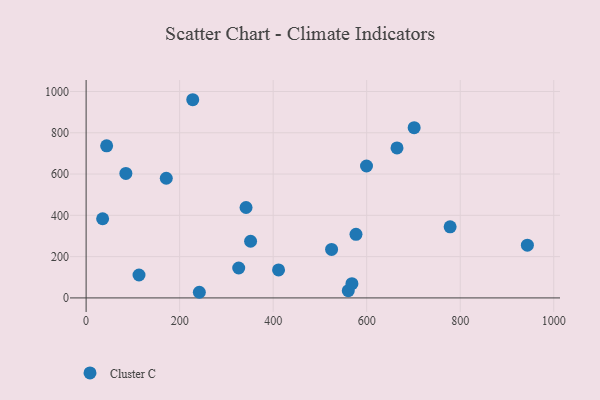
{"axis": {"x": "Investment", "y": "Exam Score"}, "legend": ["Cluster C"], "data": [{"x": "560.6", "y": 34.9, "type": "Cluster C"}, {"x": "568.4", "y": 69.2, "type": "Cluster C"}, {"x": "664.8", "y": 726.6, "type": "Cluster C"}, {"x": "778.4", "y": 344.3, "type": "Cluster C"}, {"x": "943.6", "y": 255.3, "type": "Cluster C"}, {"x": "85.0", "y": 603.1, "type": "Cluster C"}, {"x": "342.0", "y": 438.1, "type": "Cluster C"}, {"x": "524.9", "y": 235.0, "type": "Cluster C"}, {"x": "43.9", "y": 737.0, "type": "Cluster C"}, {"x": "411.5", "y": 135.7, "type": "Cluster C"}, {"x": "326.3", "y": 145.0, "type": "Cluster C"}, {"x": "171.4", "y": 579.6, "type": "Cluster C"}, {"x": "599.6", "y": 639.1, "type": "Cluster C"}, {"x": "35.3", "y": 383.5, "type": "Cluster C"}, {"x": "577.1", "y": 308.1, "type": "Cluster C"}, {"x": "113.1", "y": 111.0, "type": "Cluster C"}, {"x": "242.1", "y": 27.3, "type": "Cluster C"}, {"x": "228.0", "y": 960.1, "type": "Cluster C"}, {"x": "351.7", "y": 274.6, "type": "Cluster C"}, {"x": "701.5", "y": 824.9, "type": "Cluster C"}]}